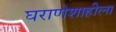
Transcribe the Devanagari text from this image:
घराणेशाहीला